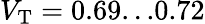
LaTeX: V_{\mathrm{T}}=0.69...0.72